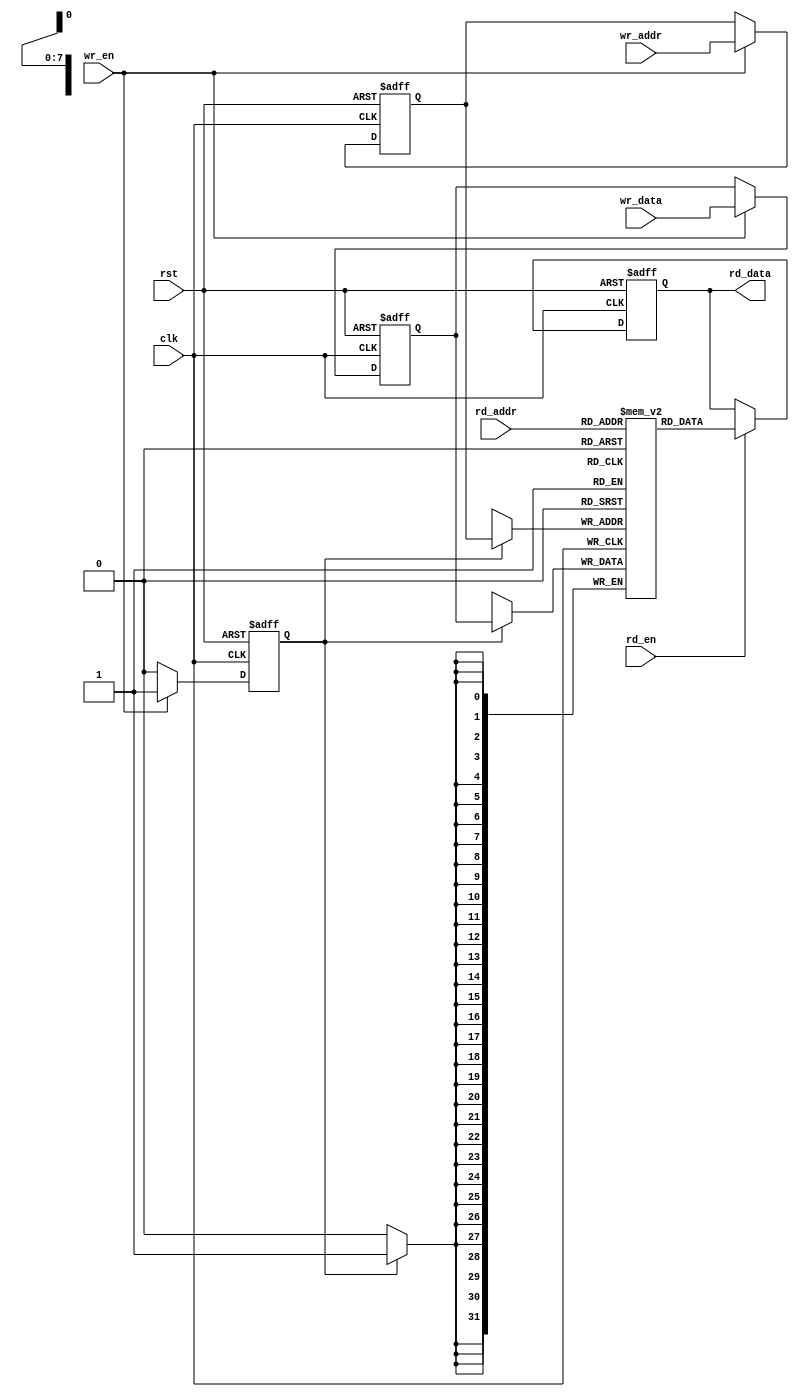
module io_blocks_pipeline_ram #(
    parameter DATA_WIDTH = 32,
    parameter ADDR_WIDTH = 8,
    parameter DEPTH = (1 << ADDR_WIDTH) // Memory depth based on address width
)(
    input wire clk,
    input wire rst,
    
    // Write Interface
    input wire wr_en,
    input wire [ADDR_WIDTH-1:0] wr_addr,
    input wire [DATA_WIDTH-1:0] wr_data,
    
    // Read Interface
    input wire rd_en,
    input wire [ADDR_WIDTH-1:0] rd_addr,
    output reg [DATA_WIDTH-1:0] rd_data
);

    // Memory array declaration
    reg [DATA_WIDTH-1:0] mem_array [0:DEPTH-1];

    // Pipeline registers for read and write operations
    reg [DATA_WIDTH-1:0] wr_data_buf;
    reg [ADDR_WIDTH-1:0] wr_addr_buf;
    reg wr_en_buf;

    // Control logic for write operation
    always @(posedge clk or posedge rst) begin
        if (rst) begin
            wr_data_buf <= 0;
            wr_addr_buf <= 0;
            wr_en_buf <= 0;
        end else if (wr_en) begin
            wr_data_buf <= wr_data;
            wr_addr_buf <= wr_addr;
            wr_en_buf <= 1;
        end else begin
            wr_en_buf <= 0;
        end
    end

    // Write operation
    always @(posedge clk) begin
        if (wr_en_buf) begin
            mem_array[wr_addr_buf] <= wr_data_buf;
        end
    end

    // Control logic for read operation
    always @(posedge clk or posedge rst) begin
        if (rst) begin
            rd_data <= 0;
        end else if (rd_en) begin
            rd_data <= mem_array[rd_addr];
        end
    end

endmodule